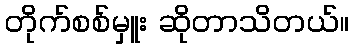
တိုက်စစ်မှူး ဆိုတာသိတယ်။